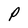
Character: P